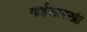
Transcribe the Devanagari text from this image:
गाईसारखी